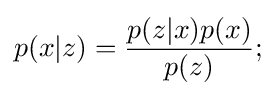
p(x|z)={{p(z|x)p(x)} \over {p(z)}};